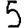
Digit: 5